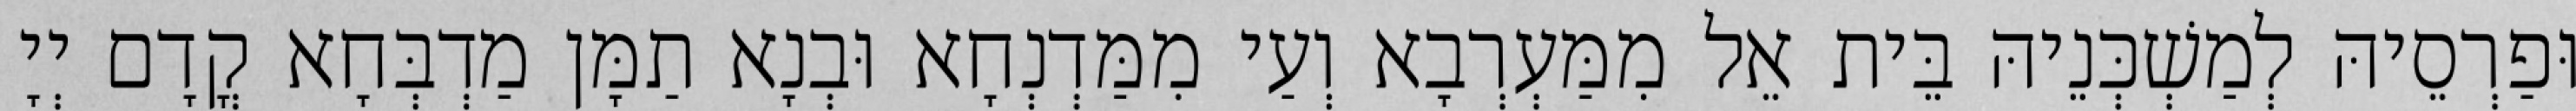
וּפַרְסֵיהּ לְמַשְׁכְּנֵיהּ בֵּית אֵל מִמַּעְרְבָא וְעַי מִמַּדְנְחָא וּבְנָא תַמָּן מַדְבְּחָא קֳדָם יְיָ